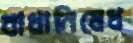
বাধানিষেধ